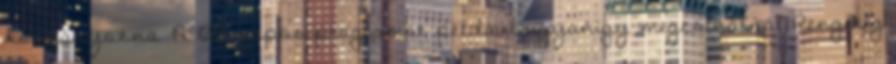
kormányozna. A 100 napos programot például ugyanígy megcsinálná? Rengeteg